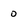
Character: 0